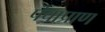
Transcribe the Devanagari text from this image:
पंचाप्राण